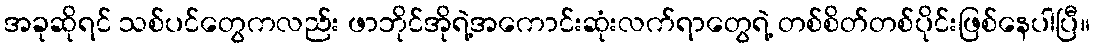
အခုဆိုရင် သစ်ပင်တွေကလည်း ဖာဘိုင်အိုရဲ့အကောင်းဆုံးလက်ရာတွေရဲ့ တစ်စိတ်တစ်ပိုင်းဖြစ်နေပါပြီ။